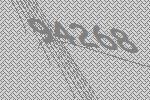
94268